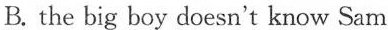
B. the big boy doesn't know Sam